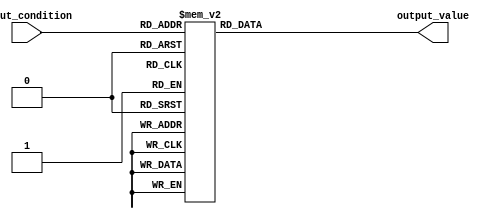
module case_block (
    input [2:0] input_condition,
    output reg [3:0] output_value
);

always @ (*)
begin
    case (input_condition)
        3'b000: output_value = 4'b0000;
        3'b001: output_value = 4'b0001;
        3'b010: output_value = 4'b0010;
        3'b011: output_value = 4'b0011;
        3'b100: output_value = 4'b0100;
        3'b101: output_value = 4'b0101;
        3'b110: output_value = 4'b0110;
        3'b111: output_value = 4'b0111;
        default: output_value = 4'b1111;
    endcase
end

endmodule